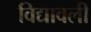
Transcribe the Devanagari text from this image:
विद्यावली